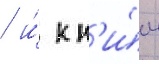
/ и́ к н'и́м